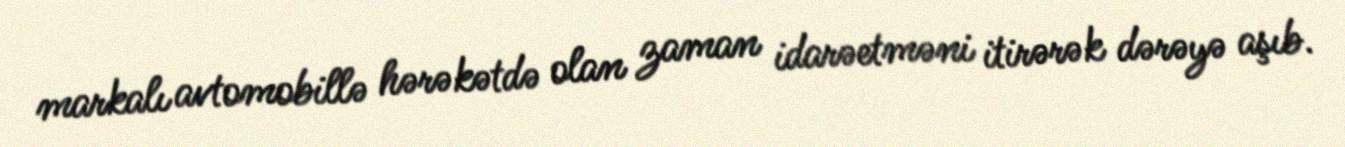
markalı avtomobillə hərəkətdə olan zaman idarəetməni itirərək dərəyə aşıb.